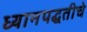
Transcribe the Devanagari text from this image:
ध्यानपद्धतीचे